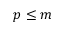
p \leq m